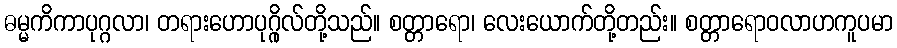
ဓမ္မကိကာပုဂ္ဂလာ၊ တရားဟောပုဂ္ဂိုလ်တို့သည်။ စတ္တာရော၊ လေးယောက်တို့တည်း။ စတ္တာရောဝလာဟကူပမာ